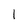
Character: l